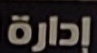
إدارة